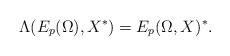
LaTeX: \begin{align*}\Lambda(E_{p}(\Omega), X^{\ast}) = E_{p}(\Omega, X)^\ast.\end{align*}